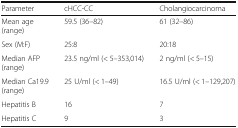
<table><thead><tr><td><b>Parameter</b></td><td><b>cHCC-CC</b></td><td><b>Cholangiocarcinoma</b></td></tr></thead><tbody><tr><td>Mean age (range)</td><td>59.5 (36–82)</td><td>61 (32–86)</td></tr><tr><td>Sex (M:F)</td><td>25:8</td><td>20:18</td></tr><tr><td>Median AFP (range)</td><td>23.5 ng/ml (&lt; 5–353,014)</td><td>2 ng/ml (&lt; 5–15)</td></tr><tr><td>Median Ca19.9 (range)</td><td>25 U/ml (&lt; 1–49)</td><td>16.5 U/ml (&lt; 1–129,207)</td></tr><tr><td>Hepatitis B</td><td>16</td><td>7</td></tr><tr><td>Hepatitis C</td><td>9</td><td>3</td></tr></tbody></table>